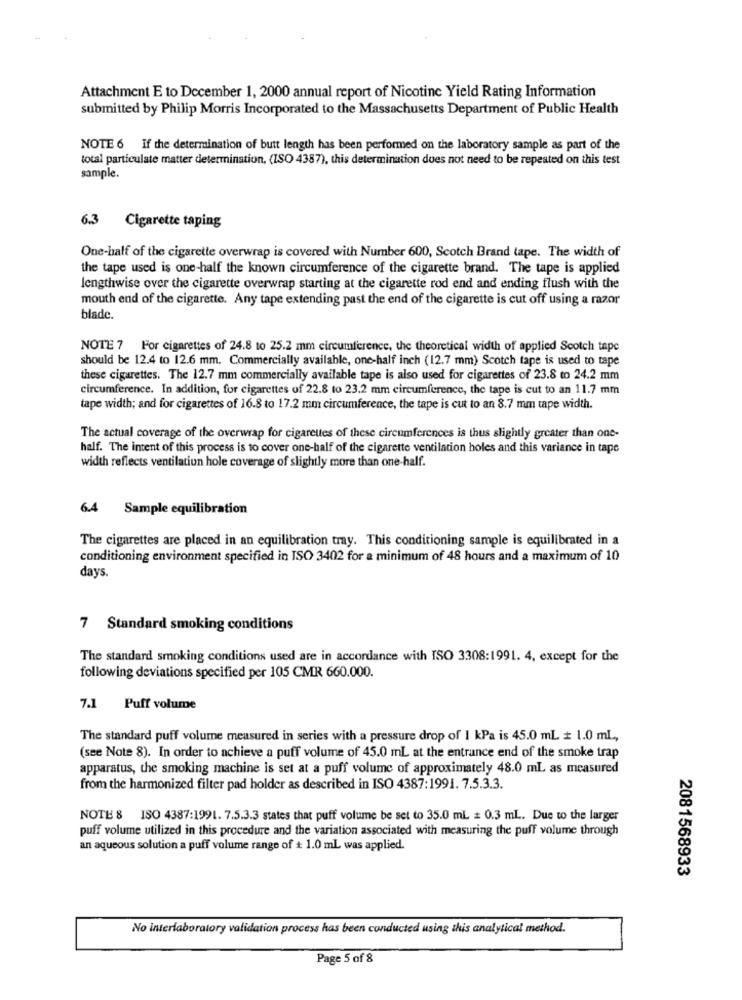
Attachment E to December 1, 2000 annual report of Nicotine Yield Rating Information
submitted by Philip Morris Incorporated to the Massachusetts Department of Public Health
NOTE 6 If the determination of butt length has been performed on the laboratory sample as part of the
total particulate matter determination, (ISO 4387), this determination does not need to be repeated on this test
sample.
6.3 Cigarette taping
One-half of the cigarette overwrap is covered with Number 600, Scotch Brand tape. The width of
the tape used is one-half the known circumference of the cigarette brand. The tape is applied
lengthwise over the cigarette overwrap starting at the cigarette rod end and ending flush with the
mouth end of the cigarette. Any tape extending past the end of the cigarette is cut off using a razor
blade.
NOTE 7 For cigarettes of 24.8 to 25.2 mm circumference, the theoretical width of applied Scotch tape
should be 12.4 to 12.6 mm. Commercially available, one-half inch (12.7 mm) Scotch tape is used to tape
these cigarettes. The 12.7 mm commercially available tape is also used for cigarettes of 23.8 to 24.2 mm
circumference. In addition, for cigarettes of 22.8 to 23.2 mm circumference, the tape is cut to an 11.7 mm
tape width; and for cigarettes of 16.8 to 17.2 mm circumference, the tape is cut to an 8.7 mm tape width.
The actual coverage of the overwrap for cigarettes of these circumferences is thus slightly greater than one-
half. The intent of this process is to cover one-half of the cigarette ventilation holes and this variance in tape
width reflects ventilation hole coverage of slightly more than one-half.
6.4 Sample equilibration
The cigarettes are placed in an equilibration tray. This conditioning sample is equilibrated in a
conditioning environment specified in ISO 3402 for a minimum of 48 hours and a maximum of 10
days.
7 Standard smoking conditions
The standard smoking conditions used are in accordance with ISO 3308:1991. 4, except for the
following deviations specified per 105 CMR 660.000.
7.1 Puff volume
The standard puff volume measured in series with a pressure drop of 1 kPa is 45.0 mL + 1.0 mL,
(see Note 8). In order to achieve a puff volume of 45.0 mL at the entrance end of the smoke trap
apparatus, the smoking machine is set at a puff volume of approximately 48.0 mL as measured
from the harmonized filter pad holder as described in ISO 4387:1991. 7.5.3.3.
NOTE 8 ISO 4387:1991. 7.5.3.3 states that puff volume be set to 35.0 mL # 0.3 mL. Due to the larger
puff volume utilized in this procedure and the variation associated with measuring the puff volume through
an aqueous solution a puff volume range of + 1.0 ml was applied.
2081568933
No interlaboratory validation process has been conducted using this analytical method.
Page 5 of 8